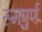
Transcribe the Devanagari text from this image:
स्मपुर्ण